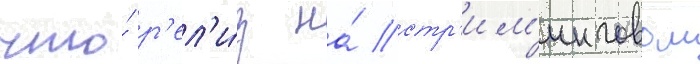
что́ р'ел'и́з на́ стр'им'инговом